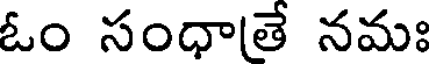
ఓం సంధాతే నమః